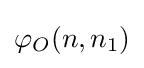
\varphi _{O}(n,n_{1})